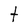
Character: t